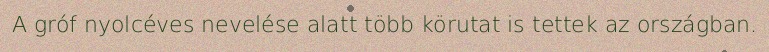
A gróf nyolcéves nevelése alatt több körutat is tettek az országban.